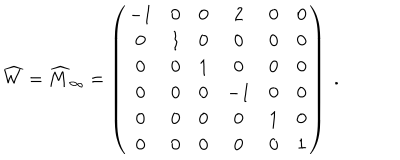
LaTeX: \widehat { W } = { \widehat M } _ { \infty } = \left( \begin{array} { c c c c c c } { { - 1 } } & { { 0 } } & { { 0 } } & { { 2 } } & { { 0 } } & { { 0 } } \\ { { 0 } } & { { 1 } } & { { 0 } } & { { 0 } } & { { 0 } } & { { 0 } } \\ { { 0 } } & { { 0 } } & { { 1 } } & { { 0 } } & { { 0 } } & { { 0 } } \\ { { 0 } } & { { 0 } } & { { 0 } } & { { - 1 } } & { { 0 } } & { { 0 } } \\ { { 0 } } & { { 0 } } & { { 0 } } & { { 0 } } & { { 1 } } & { { 0 } } \\ { { 0 } } & { { 0 } } & { { 0 } } & { { 0 } } & { { 0 } } & { { 1 } } \\ \end{array} \right) \; .